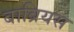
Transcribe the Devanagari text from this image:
बाब्रियस